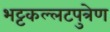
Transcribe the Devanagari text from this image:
भट्टकल्लटपुत्रेण